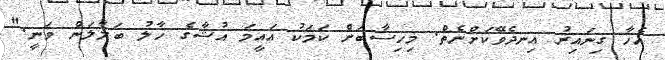
އެހާ ގިނައިރު އިނދެވޭކަށްނެތް. މިހިސާބަށް ކަމަކު އައީމަ އުޝާގެ ހާލު ބަލާލަން ވަނީ."